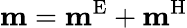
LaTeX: \textbf{m}={\mathbf m}^{\mathrm{E}}+{\mathbf m}^{\mathrm{H}}